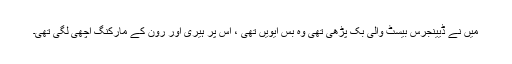
میں نے ڈیینجرس بیسٹ والی بک پڑھی تھی وہ بس ایویں تھی ، اس پر ہیری اور رون کے مارکنگ اچھی لگی تھی۔